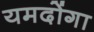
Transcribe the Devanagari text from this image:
यमदोंगा